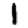
Digit: 1